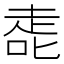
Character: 𰈀